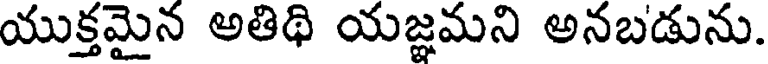
యుక్తమైన అతిథి యజ్ఞమని అనబడును.